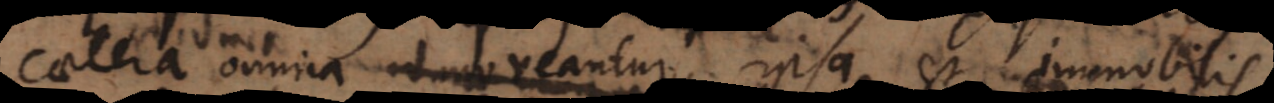
caetera omnia moveantur, ipsa est immobilis